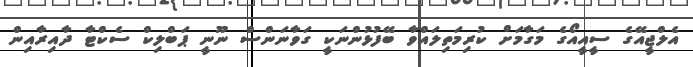
އެލްޖީއޭގެ ސީއީއޯގެ މަގާމަށް ކުރިމަތިލައްވާ ބޭފުޅުންނަކީ ގަވާނަންސް ނޫނީ ޕަބްލިކް ސެކްޓާ ދާއިރާއިން